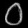
Digit: ၀